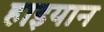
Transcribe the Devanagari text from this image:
हाइयान